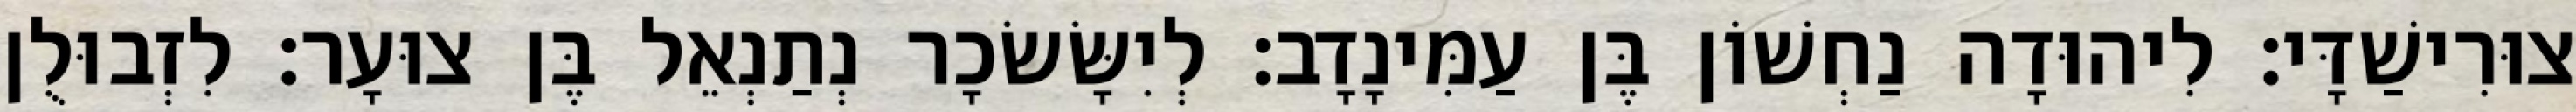
צוּרִישַׁדָּי׃ לִיהוּדָה נַחְשׁוֹן בֶּן עַמִּינָדָב׃ לְיִשָּׂשׂכָר נְתַנְאֵל בֶּן צוּעָר׃ לִזְבוּלֻן